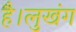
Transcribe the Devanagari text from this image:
है।लुखंग